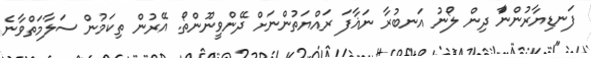
ފަނޑިޔާރުންނަާް ދިން ލޯނު އަނބުރާ ނަޣާފަ ރައްޔަތުންނަށް ދޭންވީނޫންތޯ. އޭރުން ތިކަމުން ސަލާމަތްވާނެ